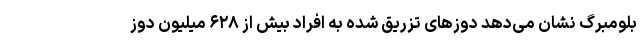
بلومبرگ نشان می‌دهد دوزهای تزریق شده به افراد بیش از ۶۲۸ میلیون دوز